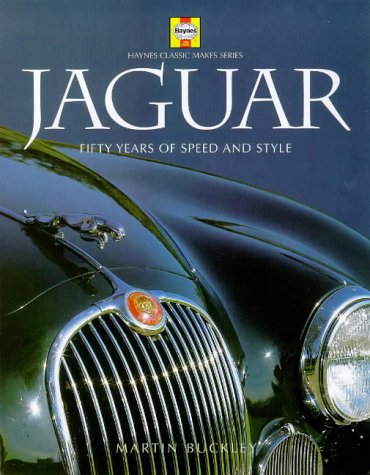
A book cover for Jaguar: Fifty Years of Speed and Style (Haynes Classic Makes); Martin Buckley; Engineering & Transportation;